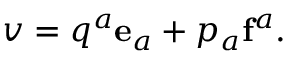
v = q ^ { a } \mathbf { e } _ { a } + p _ { a } \mathbf { f } ^ { a } .